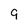
Character: 9